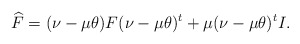
\begin{align*}\widehat F= (\nu-\mu\theta)F(\nu-\mu\theta)^t + \mu(\nu-\mu\theta)^tI.\end{align*}